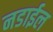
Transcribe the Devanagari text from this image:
नडाईल